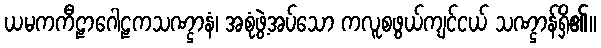
ယမကကီဠာဂေါဠကသဏ္ဌာနံ၊ အစုံဖွဲ့အပ်သော ကလူစဖွယ်ကျင်ငယ် သဏ္ဌာန်ရှိ၏။